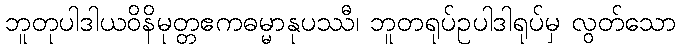
ဘူတုပါဒါယဝိနိမုတ္တဧကဓမ္မာနုပဿီ၊ ဘူတရုပ်ဥပါဒါရုပ်မှ လွတ်သော